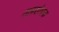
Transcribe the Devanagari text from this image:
ताम्रशोधक